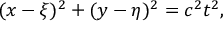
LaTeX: ( x - \xi ) ^ { 2 } + ( y - \eta ) ^ { 2 } = c ^ { 2 } t ^ { 2 } ,